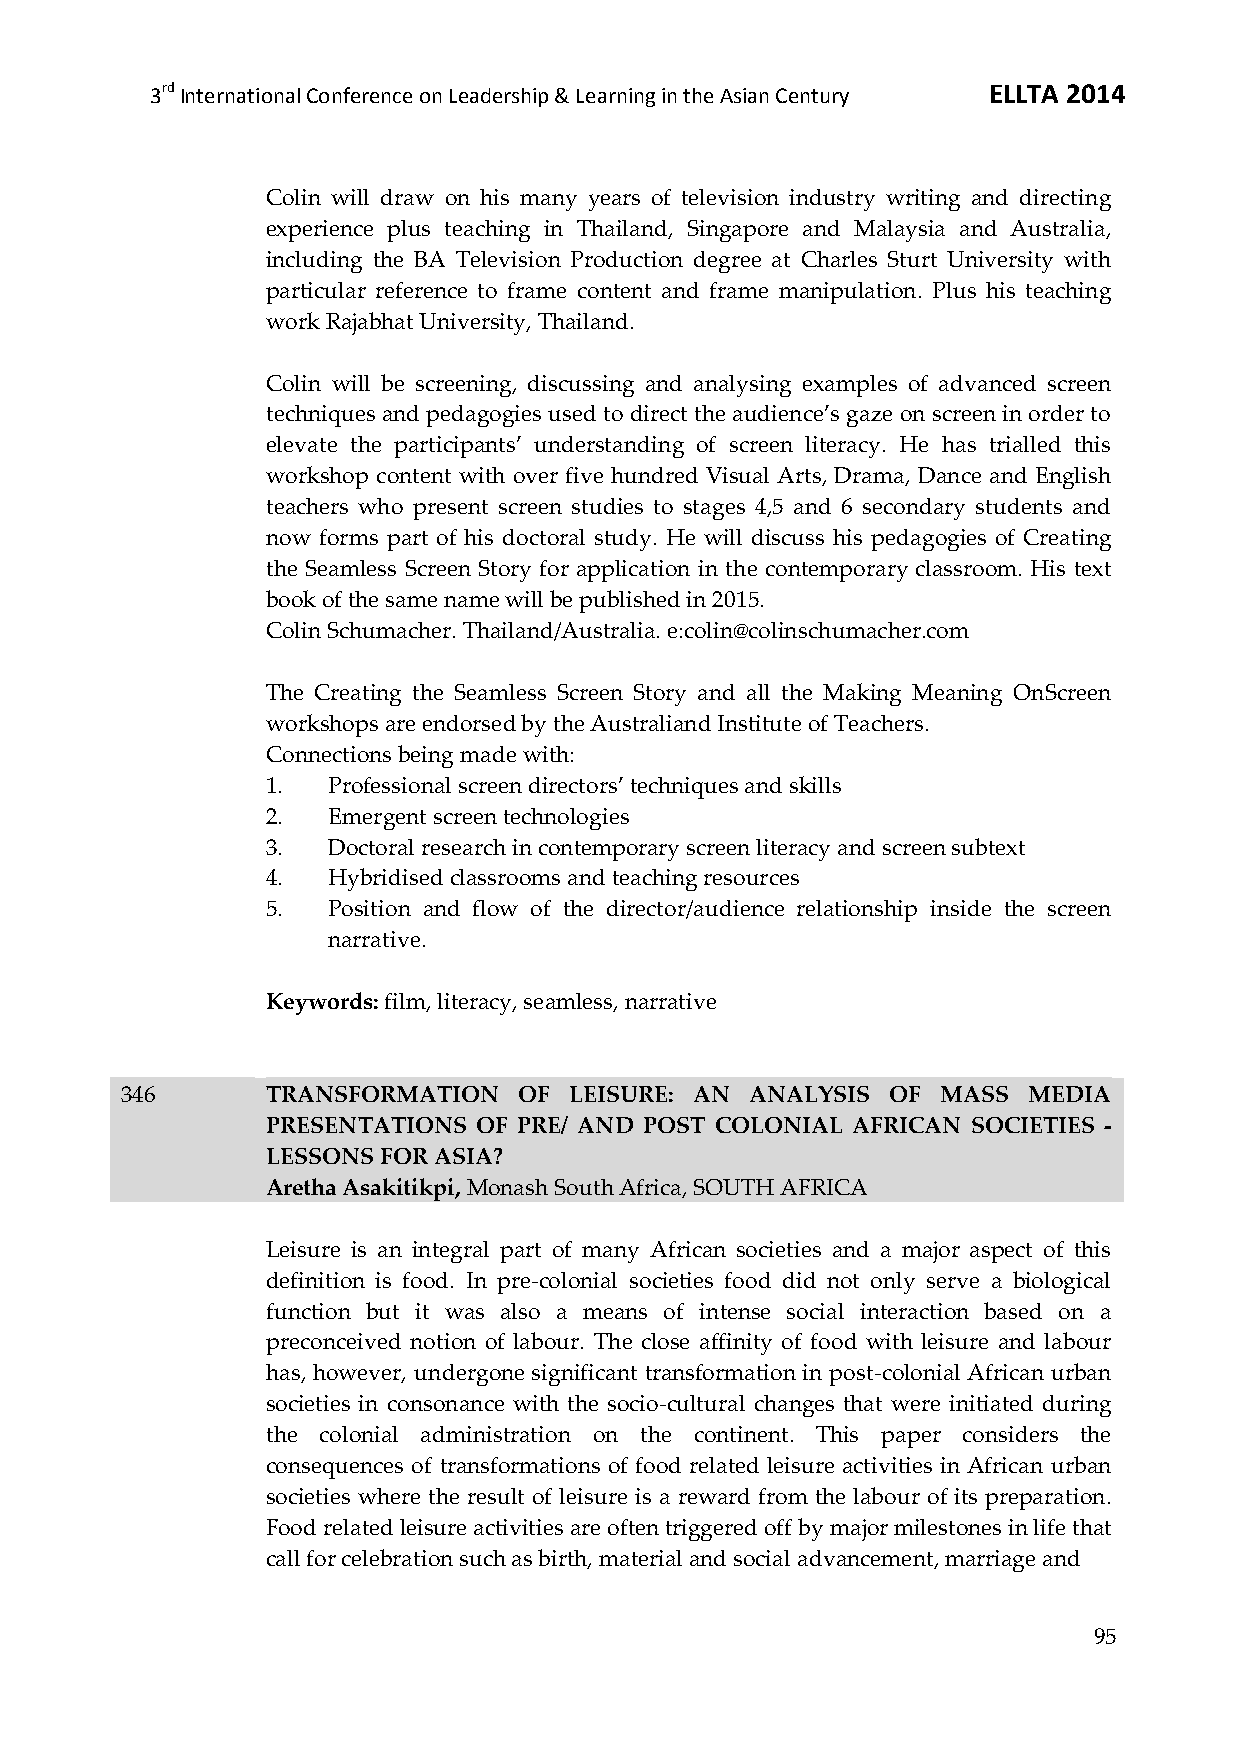
3rd International Conference on Leadership & Learning in the Asian Century ELLTA 2014
 Colin will draw on his many years of television industry writing and directing
 experience plus teaching in Thailand, Singapore and Malaysia and Australia,
 including the BA Television Production degree at Charles Sturt University with
 particular reference to frame content and frame manipulation. Plus his teaching
 work Rajabhat University, Thailand.
 Colin will be screening, discussing and analysing examples of advanced screen
 techniques and pedagogies used to direct the audience’s gaze on screen in order to
 elevate the participants’ understanding of screen literacy. He has trialled this
 workshop content with over five hundred Visual Arts, Drama, Dance and English
 teachers who present screen studies to stages 4,5 and 6 secondary students and
 now forms part of his doctoral study. He will discuss his pedagogies of Creating
 the Seamless Screen Story for application in the contemporary classroom. His text
 book of the same name will be published in 2015.
 Colin Schumacher. Thailand/Australia. e:colin@colinschumacher.com
 The Creating the Seamless Screen Story and all the Making Meaning OnScreen
 workshops are endorsed by the Australiand Institute of Teachers.
 Connections being made with:
 1.  Professional screen directors’ techniques and skills
 2.  Emergent screen technologies
 3.  Doctoral research in contemporary screen literacy and screen subtext
 4.  Hybridised classrooms and teaching resources
 5.  Position and flow of the director/audience relationship inside the screen
 narrative.
 Keywords: film, literacy, seamless, narrative
 346       TRANSFORMATION  OF  LEISURE: AN ANALYSIS OF MASS  MEDIA
 PRESENTATIONS OF PRE/ AND POST COLONIAL AFRICAN SOCIETIES -
 LESSONS FOR ASIA?
 Aretha Asakitikpi, Monash South Africa, SOUTH AFRICA
 Leisure is an integral part of many African societies and a major aspect of this
 definition is food. In pre-colonial societies food did not only serve a biological
 function but it was also a means of intense social interaction based on a
 preconceived notion of labour. The close affinity of food with leisure and labour
 has, however, undergone significant transformation in post-colonial African urban
 societies in consonance with the socio-cultural changes that were initiated during
 the colonial administration on the continent. This paper considers the
 consequences of transformations of food related leisure activities in African urban
 societies where the result of leisure is a reward from the labour of its preparation.
 Food related leisure activities are often triggered off by major milestones in life that
 call for celebration such as birth, material and social advancement, marriage and
 95